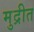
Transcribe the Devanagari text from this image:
मुद्रीत